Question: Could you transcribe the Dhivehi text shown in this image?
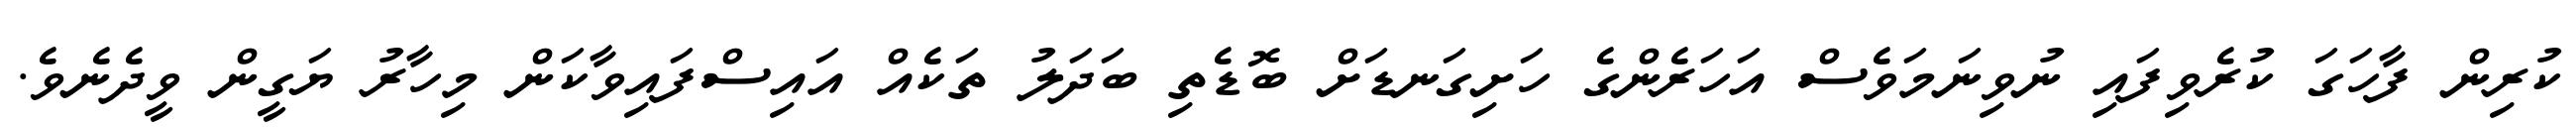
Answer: ކުރިން ފާހަގަ ކުރެވިފައި ނުވިނަމަވެސް އަހަރެންގެ ހަށިގަނޑަށް ބޮޑެތި ބަދަލު ތަކެއް އައިސްފައިވާކަން މިހާރު ޔަގީން ވީދެނެވެ.